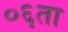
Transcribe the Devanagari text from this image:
०६ता